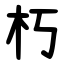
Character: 朽